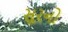
સૂરનો